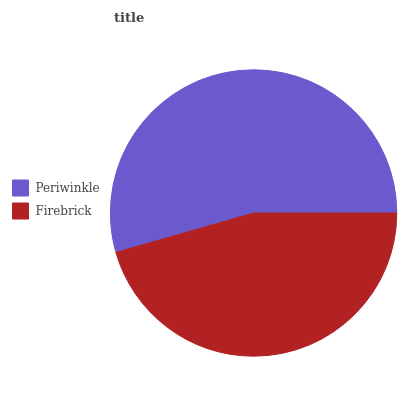
| Periwinkle | Firebrick |
 | --- | --- |
 | 54.5% | 45.5% |